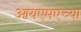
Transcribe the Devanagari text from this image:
आयएमएच्या